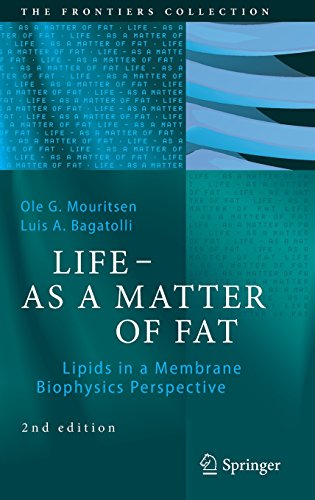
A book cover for LIFE - AS A MATTER OF FAT: Lipids in a Membrane Biophysics Perspective (The Frontiers Collection); Ole G. Mouritsen; Science & Math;